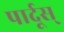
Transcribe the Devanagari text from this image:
पार्दूस्